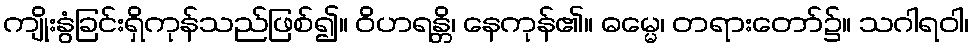
ကျိုးနွံခြင်းရှိကုန်သည်ဖြစ်၍။ ဝိဟရန္တိ၊ နေကုန်၏။ ဓမ္မေ၊ တရားတော်၌။ သဂါရဝါ၊